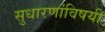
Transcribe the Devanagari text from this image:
सुधारणांविषयी